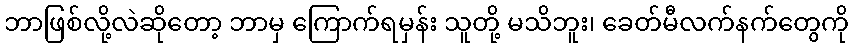
ဘာဖြစ်လို့လဲဆိုတော့ ဘာမှ ကြောက်ရမှန်း သူတို့ မသိဘူး၊ ခေတ်မီလက်နက်တွေကို